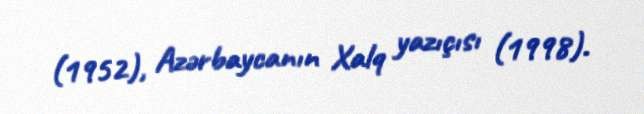
(1952), Azərbaycanın Xalq yazıçısı (1998).